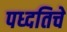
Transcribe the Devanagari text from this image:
पध्दतिचे